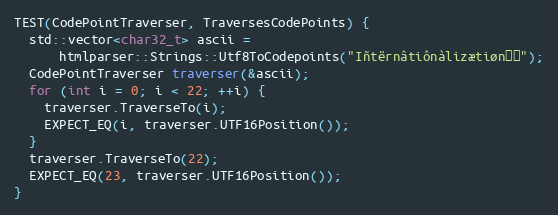
Language: C++
TEST(CodePointTraverser, TraversesCodePoints) {
  std::vector<char32_t> ascii =
      htmlparser::Strings::Utf8ToCodepoints("Iñtërnâtiônàlizætiøn☃💩");
  CodePointTraverser traverser(&ascii);
  for (int i = 0; i < 22; ++i) {
    traverser.TraverseTo(i);
    EXPECT_EQ(i, traverser.UTF16Position());
  }
  traverser.TraverseTo(22);
  EXPECT_EQ(23, traverser.UTF16Position());
}